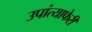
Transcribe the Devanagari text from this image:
उपांत्याफेरी